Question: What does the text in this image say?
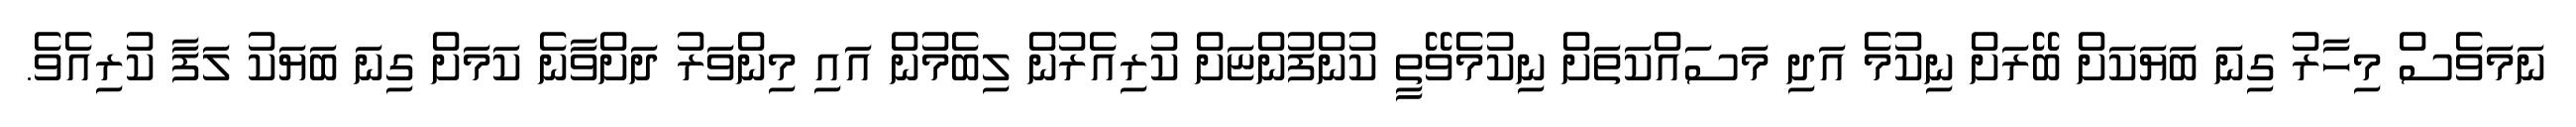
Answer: ނަމަވެސް މިހާރު ގިނަ ބަޔަކަށް ބޭރަށް ނިކުމެ އަދި މަސައްކަތަށް ނިކުމެވޭތީ ކުންފުންޏަށް ކުރިއެރުން ލިބެމުން އައި މިންވަރު ދަށްވާނެ ކަމަށް ގިނަ ބަޔަކު ލަފާ ކުރިއެވެ.